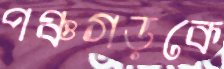
পঞ্চগড়কে